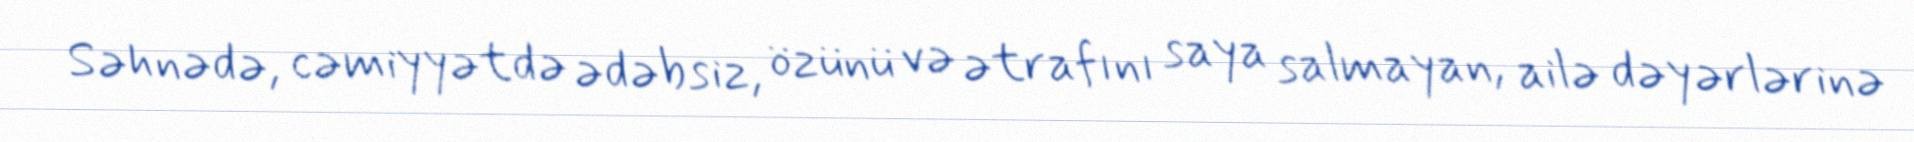
Səhnədə, cəmiyyətdə ədəbsiz, özünü və ətrafını saya salmayan, ailə dəyərlərinə